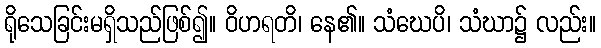
ရိုသေခြင်းမရှိသည်ဖြစ်၍။ ဝိဟရတိ၊ နေ၏။ သံဃေပိ၊ သံဃာ၌ လည်း။